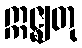
ဣဇ္ဈတု